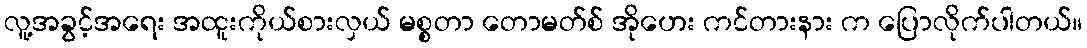
လူ့အခွင့်အရေး အထူးကိုယ်စားလှယ် မစ္စတာ တောမတ်စ် အိုဟေး ကင်တားနား က ပြောလိုက်ပါတယ်။